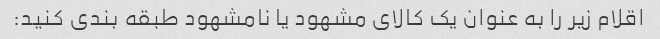
اقلام زیر را به عنوان یک کالای مشهود یا نامشهود طبقه بندی کنید: